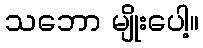
သဘော မျိုးပေါ့။